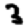
Digit: 3